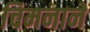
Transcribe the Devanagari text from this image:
चिमनाने